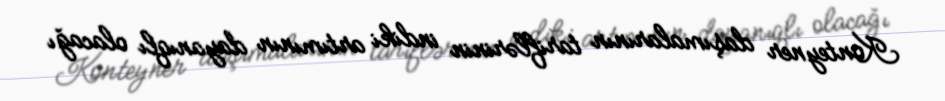
Konteyner daşımalarının tariflərinin indiki artımının dayanıqlı olacağı